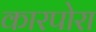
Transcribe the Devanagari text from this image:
कारपोरा